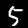
Label: 5